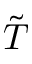
\tilde { T }